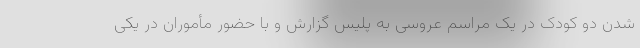
شدن دو کودک در یک مراسم عروسی به پلیس گزارش و با حضور مأموران در یکی